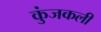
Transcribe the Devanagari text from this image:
कुंजकली